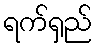
ရက်ရှည်